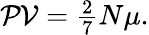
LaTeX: \begin{array}{r}{\mathcal{PV}=\frac{2}{7}N\mu.}\end{array}